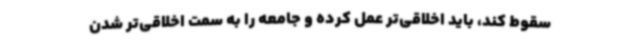
سقوط کند، باید اخلاقی‌تر عمل کرده و جامعه را به سمت اخلاقی‌تر شدن